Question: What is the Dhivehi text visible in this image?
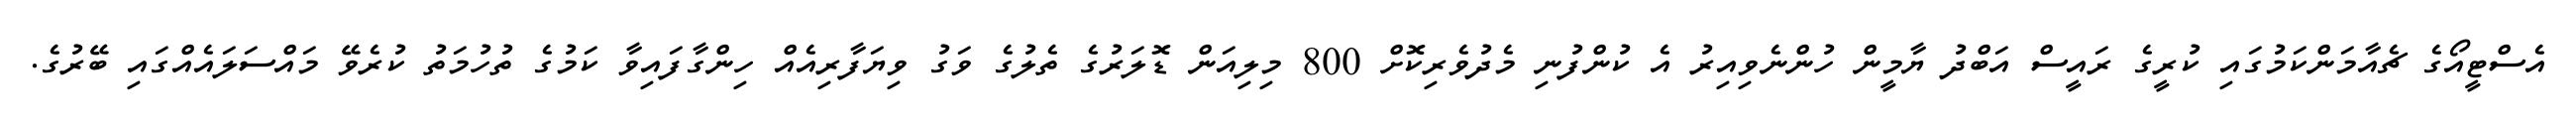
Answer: އެސްޓީއޯގެ ޗެއާމަންކަމުގައި ކުރީގެ ރައީސް އަބްދު ޔާމީން ހުންނެވިއިރު އެ ކުންފުނި މެދުވެރިކޮށް 800 މިލިއަން ޑޮލަރުގެ ތެލުގެ ވަގު ވިޔަފާރިއެއް ހިންގާފައިވާ ކަމުގެ ތުހުމަތު ކުރެވޭ މައްސަލައެއްގައި ބޭރުގެ.